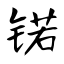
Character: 锘